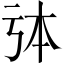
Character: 𠄯